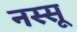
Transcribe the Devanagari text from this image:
नस्सू